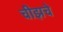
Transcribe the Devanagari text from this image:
चीझचे